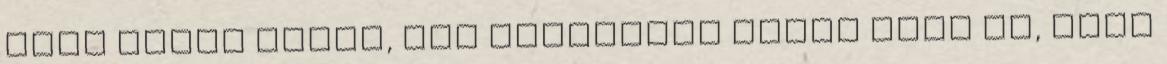
halk szavú csajt, aki nagyjából azért ment be, hogy